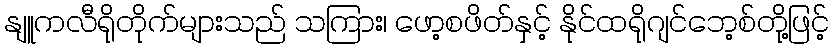
နျူကလီရိုတိုက်များသည် သကြား၊ ဖော့စဖိတ်နှင့် နိုင်ထရိုဂျင်ဘေ့စ်တို့ဖြင့်